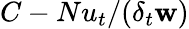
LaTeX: C-Nu_{t}/(\delta_{t}\mathbf{w})